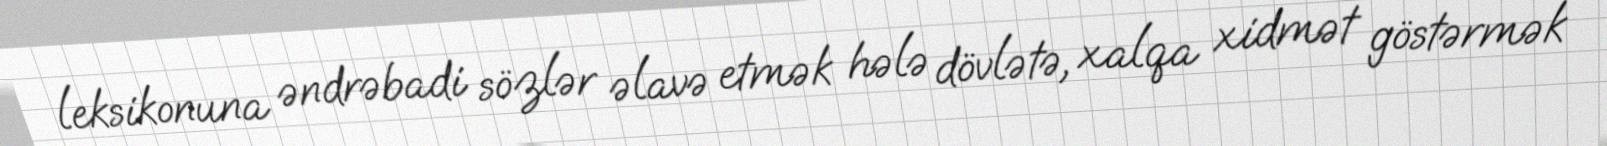
leksikonuna əndrəbadi sözlər əlavə etmək hələ dövlətə, xalqa xidmət göstərmək